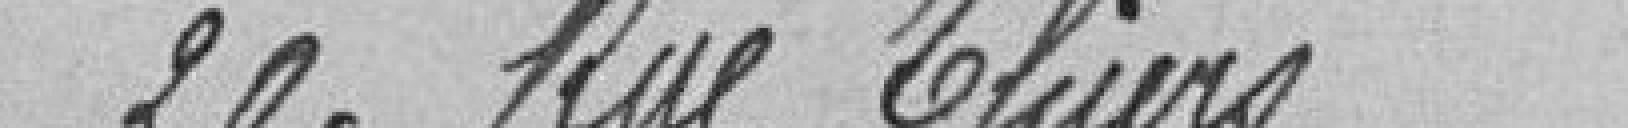
20, rue Thiers